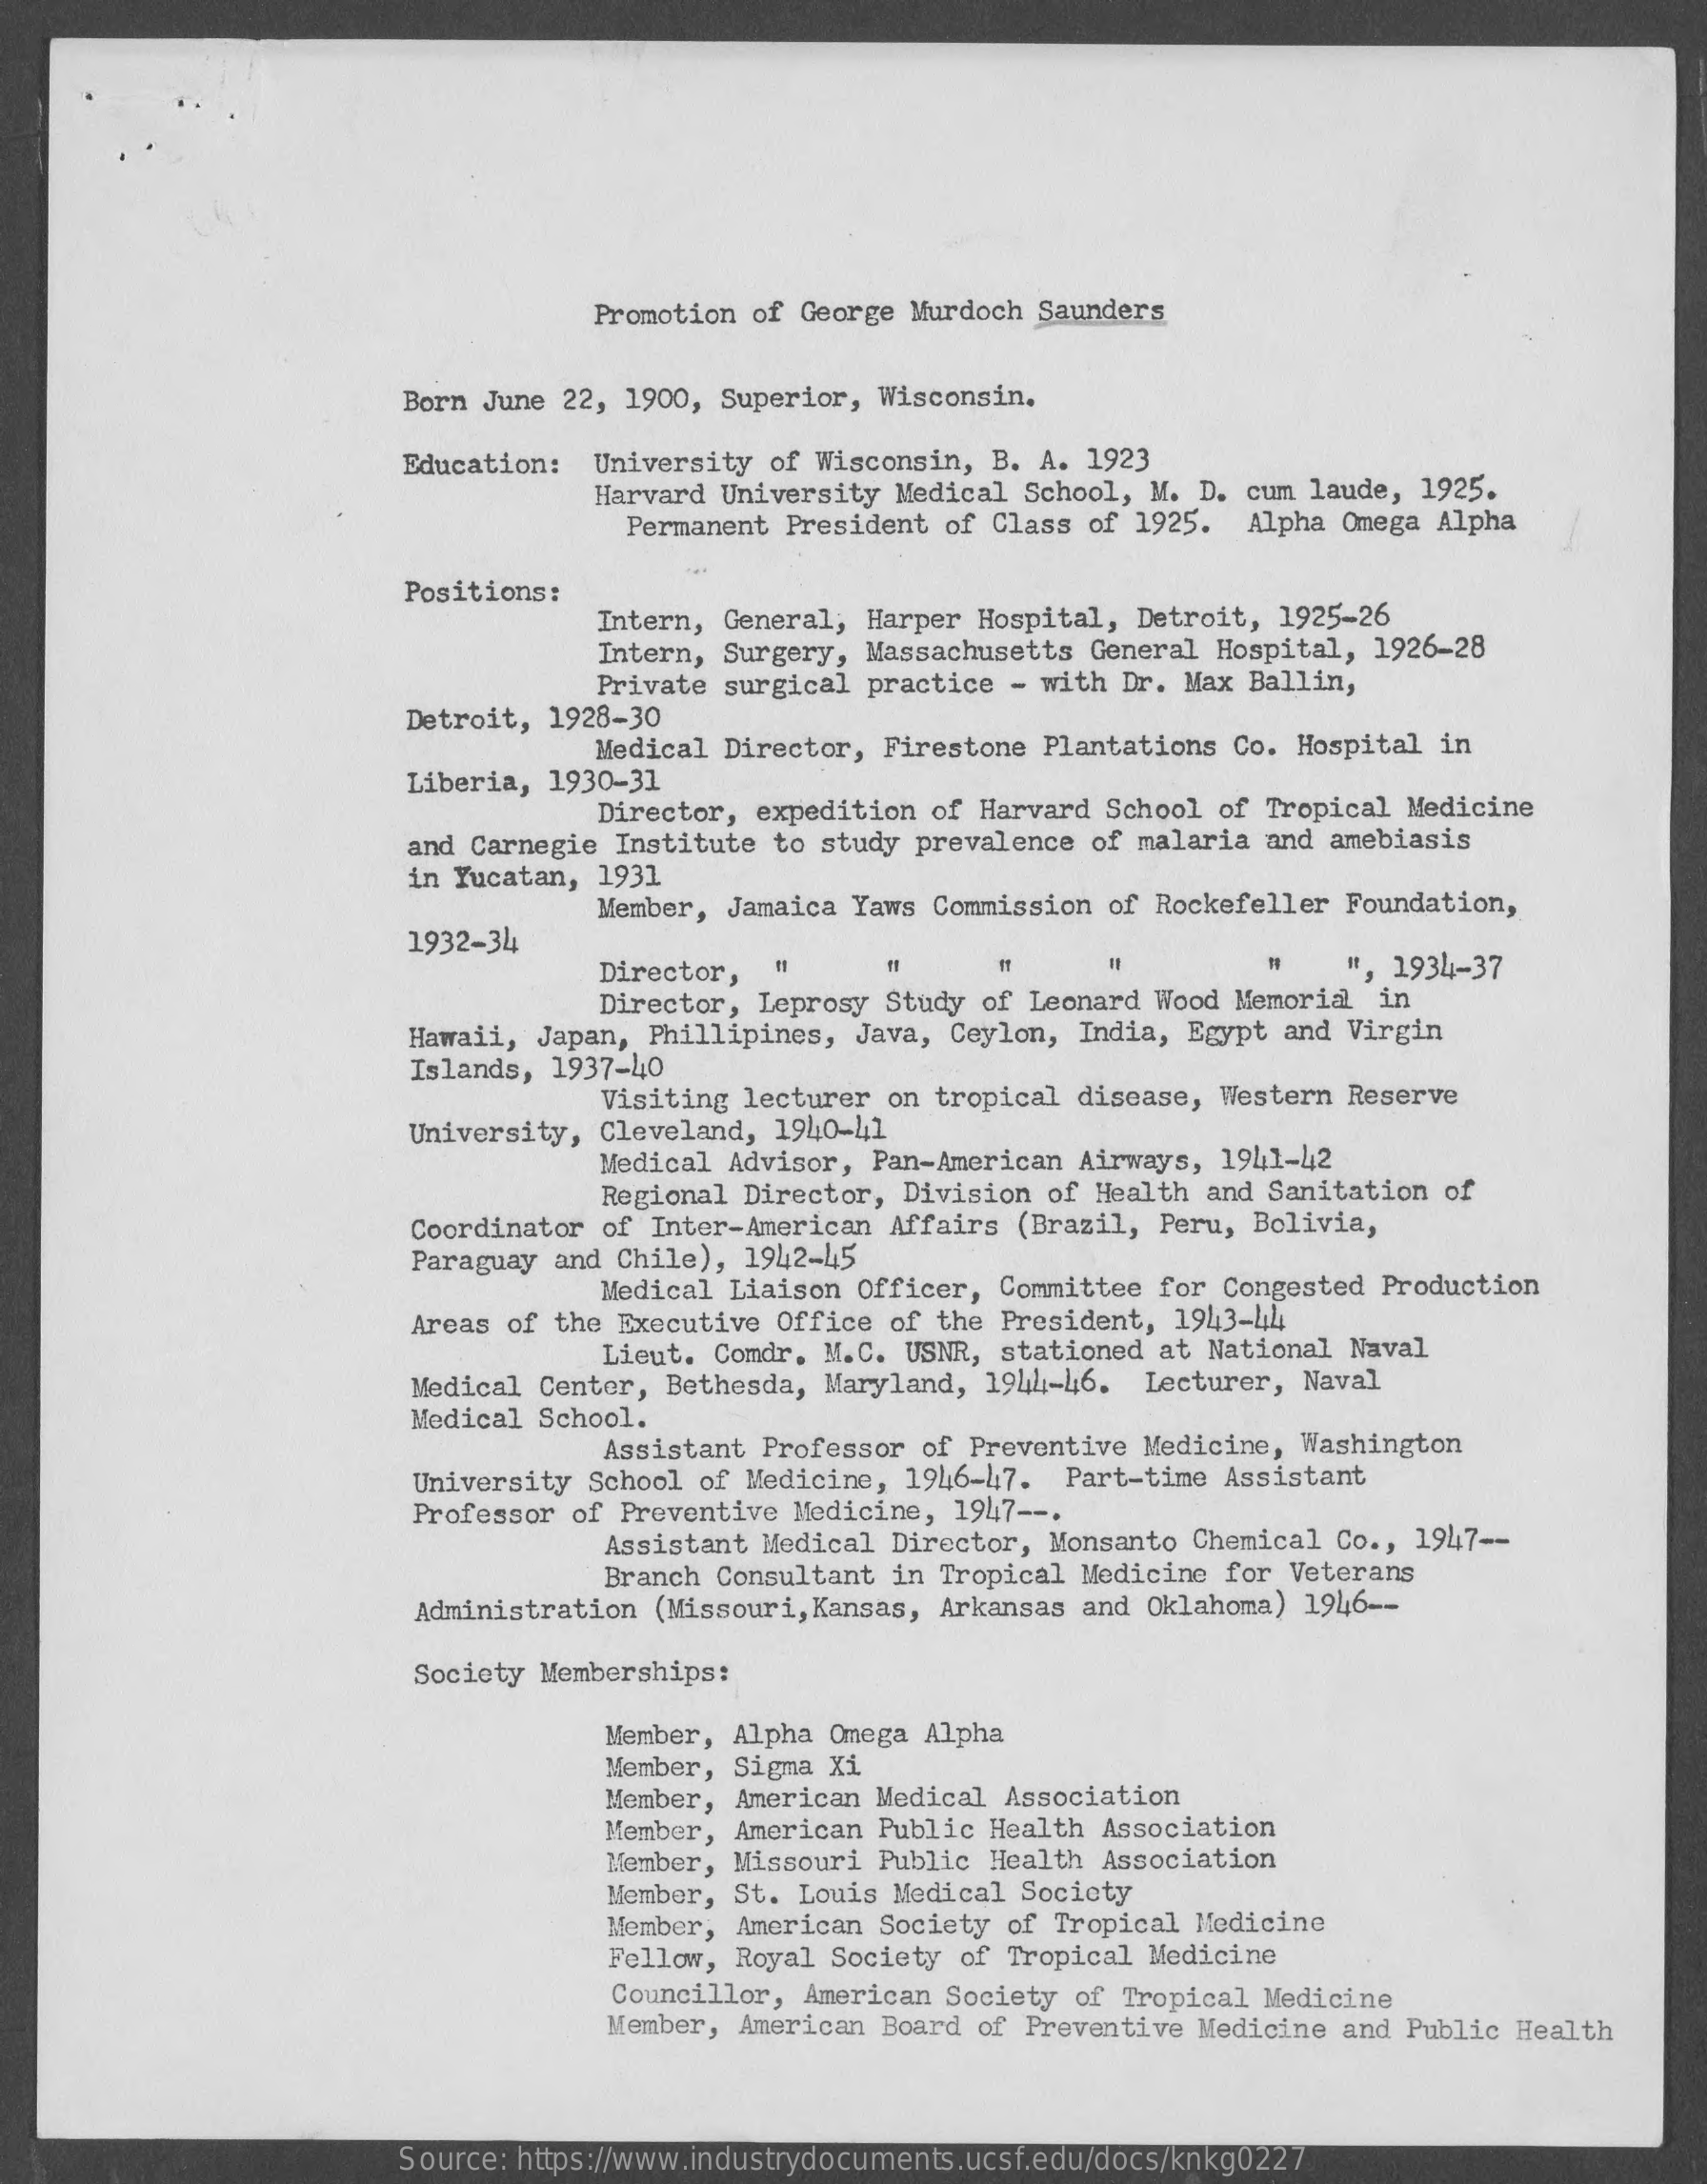
Promotion of George Murdoch  Saunders
     Born June 22, 1900, Superior, Wisconsin.
     Education:   University of Wisconsin,  B. A. 1923
     Harvard University Medical  School, M. D. cum laude,  1925.
     Permanent President of  Class of 1925.  Alpha Omega  Alpha
     Positions:
     Intern, General, Harper  Hospital, Detroit, 1925-26
     Intern, Surgery, Massachusetts  General Hospital,  1926-28
     Private surgical practice  - with Dr. Max Ballin,
     Detroit, 1928-30
     Liberia, 1930-31
     Medical Director, Firestone  Plantations Co. Hospital  in
     Director, expedition  of Harvard School of Tropical  Medicine
     and Carnegie Institute to study  prevalence of malaria and  amebiasis
     in Yucatan, 1931
     Member, Jamaica Yaws  Commission of Rockefeller  Foundation,
     1932-34
     Director,
     =
     Director, Leprosy  Study of Leonard Wood Memorial  in
     ", 1934-37
     Hawaii, Japan, Phillipines,  Java, Ceylon, India, Egypt  and Virgin
     Islands, 1937-40
     Visiting lecturer  on tropical disease,  Western Reserve
     University, Cleveland, 1940-41
     Medical Advisor,  Pan-American Airways,  1941-42
     Regional Director,  Division of Health  and Sanitation of
     Coordinator of Inter-American  Affairs (Brazil, Peru,  Bolivia,
     Paraguay and Chile),  1942-45
     Medical Liaison  Officer, Committee  for Congested Production
     Areas of the Executive  Office of the President, 1943-44
     Lieut. Comdr. M.C. USNR, stationed at  National Naval
     Medical Center, Bethesda,  Maryland, 1944-46.  Lecturer,  Naval
     Medical School.
     Assistant Professor  of Preventive Medicine,  Washington
     University School  of Medicine, 1946-47.  Part-time  Assistant
     Professor of Preventive  Medicine, 1947 --.
     Assistant Medical  Director, Monsanto  Chemical Co ., 1947 --
     Branch  Consultant in Tropical Medicine  for Veterans
     Administration  (Missouri, Kansas, Arkansas and Oklahoma) 1946 --
     Society Memberships:
     Member, Alpha Omega Alpha
     Member, Sigma Xi
     Member, American Medical Association
     Member,  American Public Health  Association
     Member, Missouri Public Health  Association
     Member, St. Louis Medical Society
     Member, American Society of  Tropical Medicine
     Fellow, Royal Society of  Tropical Medicine
     Councillor, American Society  of Tropical Medicine
     Member, American Board  of Preventive Medicine and  Public Health
     Source: https://www.industrydocuments.ucsf.edu/docs/knkg0227